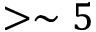
> \sim 5